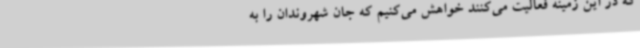
که در این زمینه فعالیت می‌کنند خواهش می‌کنیم که جان شهروندان را به